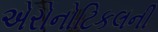
એરોનોટિકલની